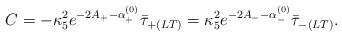
LaTeX: \begin{align*}C = -\kappa_5^2e^{-2A_+-\alpha^{(0)}_+}\bar{\tau}_{+(LT)} = \kappa_5^2e^{-2A_--\alpha^{(0)}_-}\bar{\tau}_{-(LT)}.\end{align*}